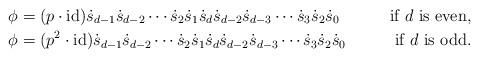
LaTeX: \begin{align*}\phi&=(p\cdot{\rm id})\dot{s}_{d-1}\dot{s}_{d-2}\cdots\dot{s}_2\dot{s}_1\dot{s}_{d}\dot{s}_{d-2}\dot{s}_{d-3}\cdots\dot{s}_3\dot{s}_2\dot{s}_0&\mbox{ if }d\mbox{ is even},\\\phi&=(p^2\cdot{\rm id})\dot{s}_{d-1}\dot{s}_{d-2}\cdots\dot{s}_2\dot{s}_1\dot{s}_{d}\dot{s}_{d-2}\dot{s}_{d-3}\cdots\dot{s}_3\dot{s}_2\dot{s}_0&\mbox{ if }d\mbox{ is odd}.\end{align*}